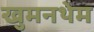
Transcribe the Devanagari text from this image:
खुमनथेम